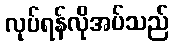
လုပ်ရန်လိုအပ်သည်